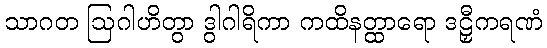
သာဂတ ဩဂါဟိတွာ ဒွါဂါရိကာ ကထိနတ္ထာရော ဒဠှီကရဏံ